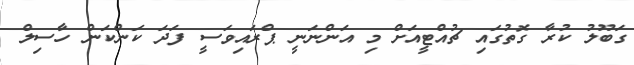
ގަބޫލު ކުރާ ގޮތުގައި ޗުއްޓީއަށް މި އަންނަނީ ޕްރައިވަސީ ފަދަ ކަންކަން ހާސިލް